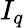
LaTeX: I_{q}